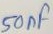
Text: 50µF